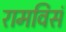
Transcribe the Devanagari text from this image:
रामविसं